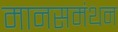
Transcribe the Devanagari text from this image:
मानसमंथन